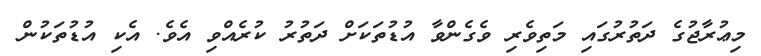
މިޢުރާޖުގެ ދަތުރުގައި މަތިވެރި ވެގެންވާ އުޑުތަކަށް ދަތުރު ކުރެއްވި އެވެ. އެކި އުޑުތަކުން